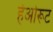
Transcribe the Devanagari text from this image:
हेओरूट